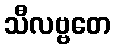
သီလဗ္ဗတေ